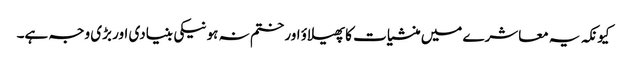
کیونکہ یہ معاشرے میں منشیات کا پھیلاؤ اور ختم نہ ہونیکی بنیادی اور بڑی وجہ ہے۔